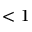
< 1